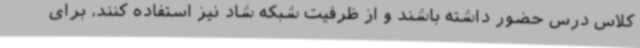
کلاس درس حضور داشته باشند و از ظرفیت شبکه شاد نیز استفاده کنند، برای